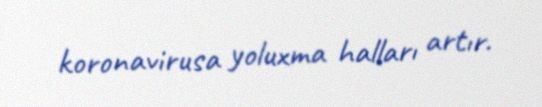
koronavirusa yoluxma halları artır.